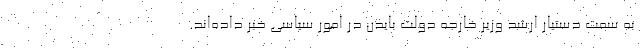
به سمت دستیار ارشد وزیر خارجه دولت بایدن در امور سیاسی خبر داده‌اند.